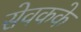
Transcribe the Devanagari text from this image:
सेवकके